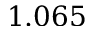
1 . 0 6 5